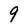
Character: 9